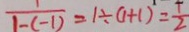
\frac { 1 } { 1 - ( - 1 ) } = 1 \div ( 1 + 1 ) = \frac { 1 } { 2 }